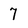
Character: 7